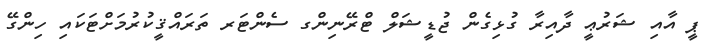
ޕީ އާއި ޝަރުޢީ ދާއިރާ ގުޅިގެން ޖުޑީޝަލް ޓްރޭނިންގ ސެންޓަރ ތަރައްޤީކުރުމަށްޓަކައި ހިންގޭ